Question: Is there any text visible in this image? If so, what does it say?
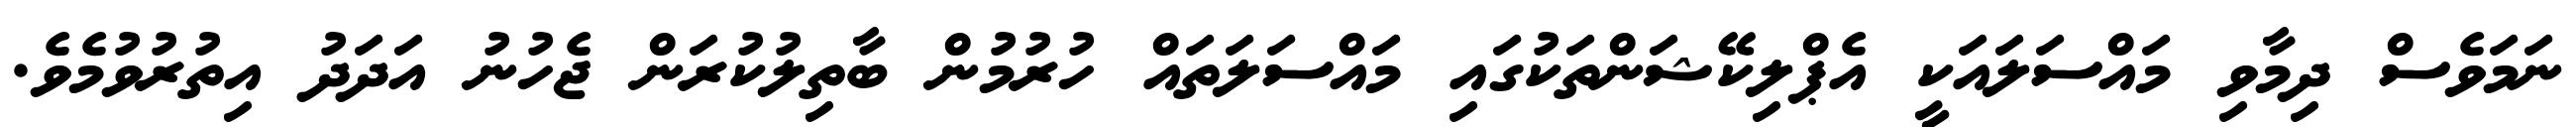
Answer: ނަމަވެސް ދިމާވި މައްސަލައަކީ އެޕްލިކޭޝަންތަކުގައި މައްސަލަތައް ހުރުމުން ބާތިލުކުރަން ޖެހުނު އަދަދު އިތުރުވުމެވެ.